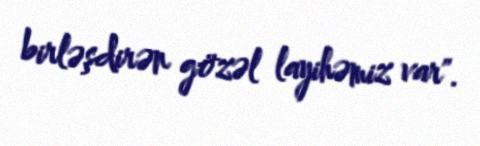
birləşdirən gözəl layihəmiz var".